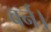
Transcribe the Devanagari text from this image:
वर्न।